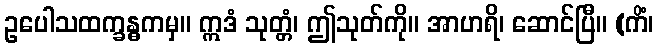
ဥပေါသထက္ခန္ဓကမှ။ ဣဒံ သုတ္တံ၊ ဤသုတ်ကို။ အာဟရိ၊ ဆောင်ပြီ။ (ကိံ၊